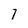
Character: 7